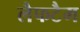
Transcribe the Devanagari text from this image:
लैफटैम